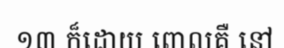
១៣ ក៏ដោយ ពោលគឺ នៅ